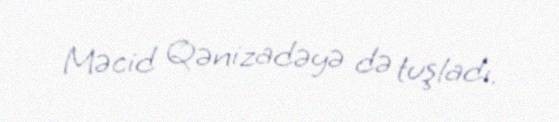
Məcid Qənizadəyə də tuşladı.